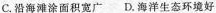
C.沿海滩涂面积宽广D.海洋生态环境好